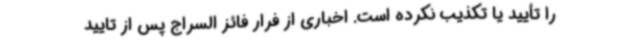
را تأیید یا تکذیب نکرده است. اخباری از فرار فائز السراج پس از تایید